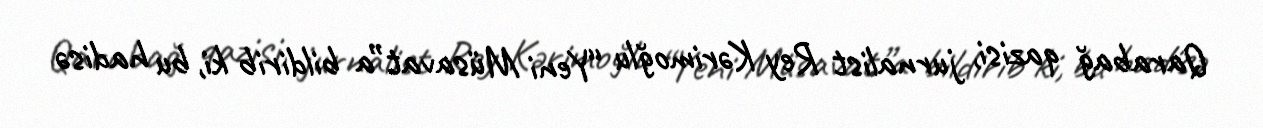
Qarabağ qazisi, jurnalist Rey Kərimoğlu “Yeni Müsavat”a bildirib ki, bu hadisə